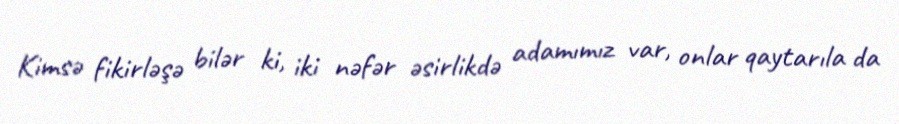
Kimsə fikirləşə bilər ki, iki nəfər əsirlikdə adamımız var, onlar qaytarıla da